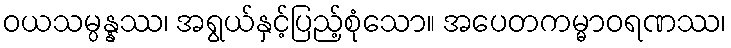
ဝယသမ္ပန္နဿ၊ အရွယ်နှင့်ပြည့်စုံသော။ အပေတကမ္မာဝရဏဿ၊